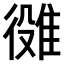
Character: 𨿒